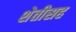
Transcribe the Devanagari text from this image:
शेतीसह